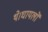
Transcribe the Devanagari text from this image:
थे।घायलों